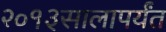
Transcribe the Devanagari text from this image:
२०१३सालापर्यंत